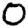
Digit: 0